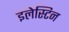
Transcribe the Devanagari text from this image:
इलेस्टिन